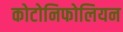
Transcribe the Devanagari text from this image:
कोटोनिफोलियन